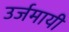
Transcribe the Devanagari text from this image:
उर्जमायी